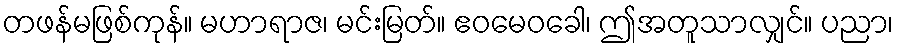
တဖန်မဖြစ်ကုန်။ မဟာရာဇ၊ မင်းမြတ်။ ဧဝမေဝခေါ၊ ဤအတူသာလျှင်။ ပညာ၊